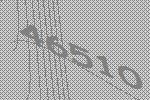
46510